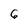
Character: 6